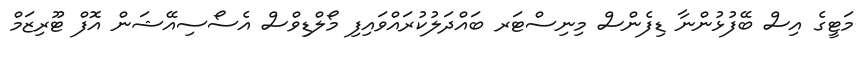
މަޓީގެ އިސް ބޭފުޅުންނާ ޑިފެންސް މިނިސްޓަރ ބައްދަލުކުރައްވައިފި މޯލްޑިވްސް އެސޯސިއޭޝަން އޮފް ޓޫރިޒަމް